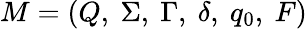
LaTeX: M=(Q,\ \Sigma,\ \Gamma,\ \delta,\ q_{0},\ F)